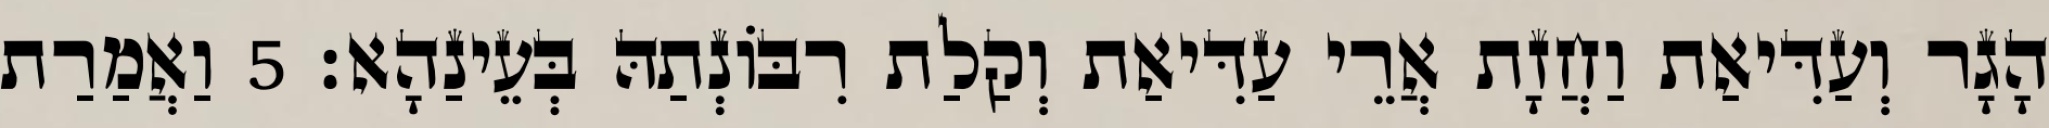
הָגָר וְעַדִּיאַת וַחֲזָת אֲרֵי עַדִּיאַת וְקַלַת רִבּוֹנְתַהּ בְּעֵינַהָא׃ 5 וַאֲמַרַת